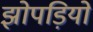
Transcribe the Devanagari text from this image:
झोपड़ियो